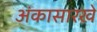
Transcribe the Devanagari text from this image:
अंकासारखे